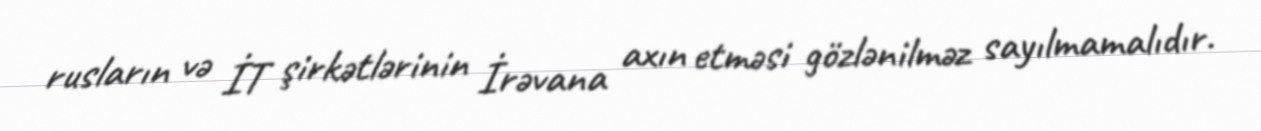
rusların və İT şirkətlərinin İrəvana axın etməsi gözlənilməz sayılmamalıdır.